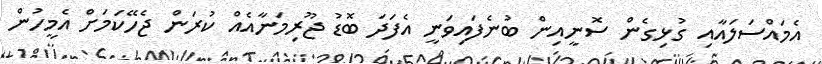
އެމައްސަލައާއި ގުޅިގެން ސޮނީއިން ބުނެފައިވަނީ އެފަދަ ބޮޑު ޖޫރިމަނާއެއް ކުރަން ޖެހޭކަމަށް އެމީހުން